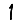
Digit: 1